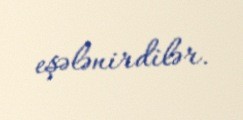
eşələnirdilər.